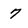
Character: 7